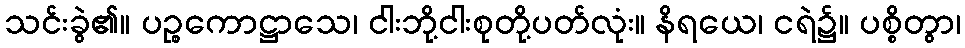
သင်းခွဲ၏။ ပဉ္စကောဋ္ဌာသေ၊ ငါးဘို့ငါးစုတို့ပတ်လုံး။ နိရယေ၊ ငရဲ၌။ ပစ္စိတွာ၊